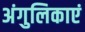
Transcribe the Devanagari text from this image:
अंगुलिकाएं